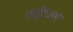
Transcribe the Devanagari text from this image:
राईटअप